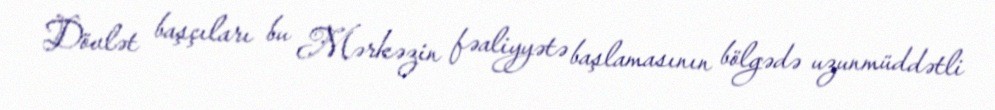
Dövlət başçıları bu Mərkəzin fəaliyyətə başlamasının bölgədə uzunmüddətli